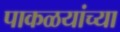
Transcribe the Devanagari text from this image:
पाकळयांच्या